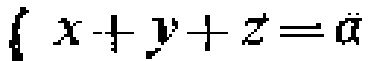
\( \left\{ x + y + z = a \right. \)